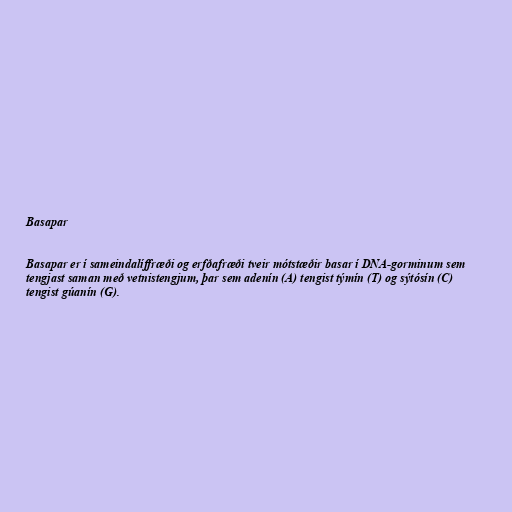
Basapar

Basapar er í sameindalíffræði og erfðafræði tveir mótstæðir basar í DNA-gorminum sem
tengjast saman með vetnistengjum, þar sem adenín (A) tengist týmín (T) og sýtósín (C)
tengist gúanín (G).